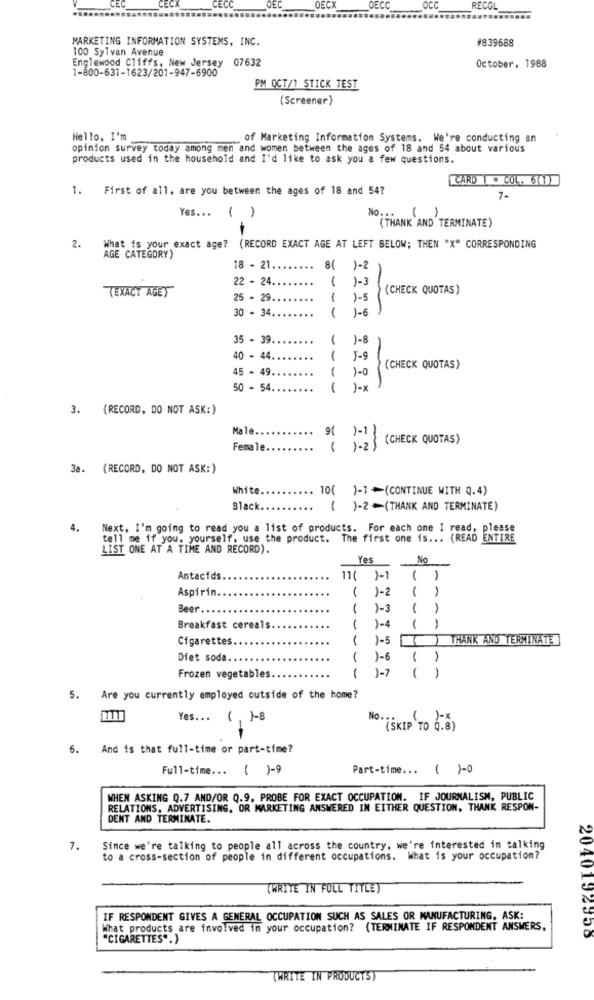
ECC
OEC
OECX
OECC
OCC
RECOL
MARKETING INFORMATION SYSTEMS, INC.
#839688
100 Sylvan Avenue
Englewood Cliffs, New Jersey 07632
1-800-631-1623/201-947-6900
October, 1988
PM QCT/1 STICK TEST
(Screener)
Hello, I'm
of Marketing Information Systems. We're conducting an
opinion survey today among men and women between the ages of 18 and 54 about various
products used in the household and I'd like to ask you a few questions.
CARD . COL. 641)
1. First of all, are you between the ages of 18 and 54?
7-
Yes ... ( )
No. ..
( )
(THANK AND TERMINATE)
2.
What is your exact age? (RECORD EXACT AGE AT LEFT BELOW; THEN "X" CORRESPONDING
AGE CATEGORY)
18 - 21.
..
8( )-2
22 - 24 ..
1
1-3
TEXACY AGET
(CHECK QUOTAS)
25 - 29.
1
1-5
30 - 34.
1
1-6
35 - 39.
1-8
40 - 44.
-
1-9
45 - 49 ..
(CHECK QUOTAS)
( )-0
50 - 54.
( )-x
3. (RECORD. DO NOT ASK:)
Male ..
9( 1-1}
(CHECK QUOTAS)
Female
( 1-2)
3a. (RECORD, DO NOT ASK:)
White.
10( )-1 -(CONTINUE WITH Q.4)
Black.
( )-2-(THANK AND TERMINATE)
4.
Next, I'm going to read you a list of products. For each one I read, please
tell me if you, yourself, use the product. The first one is ... (READ ENTIRE
LIST ONE AT A TIME AND RECORD).
Yes
No
Antacids
11( )-1
()
Aspirin.
1
1-2
1
1
Beer
1
1-3
Breakfast cereals.
1
1-4
----
- -
Cigarettes
1
1-5
THANK AND TERMINATE]
Diet soda.
1
1-6
( )
1-7
Frozen vegetables
1
( )
5. Are you currently employed outside of the home?
Yes ...
(, 1- 8
(SKIP TO 0.8)
6.
And is that full-time or part-time?
Full-time ... ( )-9
Part-time ... ( )-0
WHEN ASKING Q.7 AND/OR Q.9. PROBE FOR EXACT OCCUPATION. IF JOURNALISM, PUBLIC
RELATIONS, ADVERTISING, OR MARKETING ANSWERED IN EITHER QUESTION, THANK RESPON-
DENT AND TERMINATE.
7.
Since we're talking to people all across the country, we're interested in talking
to a cross-section of people in different occupations. What is your occupation?
(WRITE IN FULL TITLEY
IF RESPONDENT GIVES A GENERAL OCCUPATION SUCH AS SALES OR MANUFACTURING, ASK:
What products are involved in your occupation? (TERMINATE IF RESPONDENT ANSWERS,
"CIGARETTES".)
2040192955
(WRITE IN PRODUCTS)